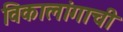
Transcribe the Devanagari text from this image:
विकालांगाची